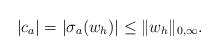
LaTeX: \begin{align*}|c_a| = |\sigma_a(w_h)| \le \|w_h\|_{0,\infty}.\end{align*}